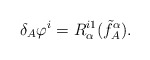
\begin{align*}\delta_A \varphi^i= R^{i1}_{\alpha}(\tilde f_A^{\alpha}).\end{align*}